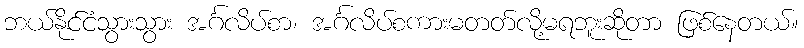
ဘယ်နိုင်ငံသွားသွား အင်္ဂလိပ်စာ၊ အင်္ဂလိပ်စကားမတတ်လို့မရဘူးဆိုတာ ဖြစ်နေတယ်။